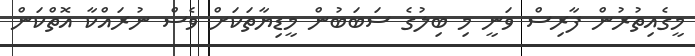
މީގެއިތުރުން ފާރިސް ވަނީ މި ބިލުގެ ސަބަބުން މީޑިޔާތަކަށް ވެސް ނުރައްކާ އޮތްކަން